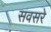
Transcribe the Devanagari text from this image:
सवसरे